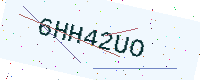
Text: 6HH42UO